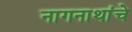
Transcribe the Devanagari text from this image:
नागनाथांचे